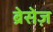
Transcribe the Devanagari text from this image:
ब्रेसेज़